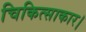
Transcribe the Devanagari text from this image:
चिकित्साकार।